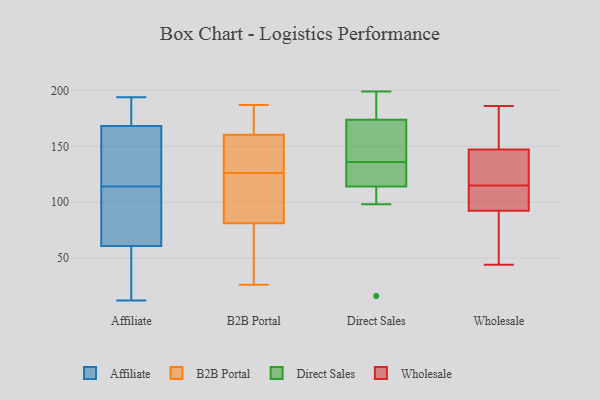
{"axis": {"x": "Satisfaction Score", "y": "Value"}, "legend": ["Affiliate", "B2B Portal", "Direct Sales", "Wholesale"], "data": [{"x": "", "y": 24, "type": "Affiliate"}, {"x": "", "y": 169, "type": "Affiliate"}, {"x": "", "y": 55, "type": "Affiliate"}, {"x": "", "y": 194, "type": "Affiliate"}, {"x": "", "y": 78, "type": "Affiliate"}, {"x": "", "y": 105, "type": "Affiliate"}, {"x": "", "y": 114, "type": "Affiliate"}, {"x": "", "y": 166, "type": "Affiliate"}, {"x": "", "y": 17, "type": "Affiliate"}, {"x": "", "y": 12, "type": "Affiliate"}, {"x": "", "y": 150, "type": "Affiliate"}, {"x": "", "y": 144, "type": "Affiliate"}, {"x": "", "y": 104, "type": "Affiliate"}, {"x": "", "y": 176, "type": "Affiliate"}, {"x": "", "y": 172, "type": "Affiliate"}, {"x": "", "y": 84, "type": "B2B Portal"}, {"x": "", "y": 151, "type": "B2B Portal"}, {"x": "", "y": 51, "type": "B2B Portal"}, {"x": "", "y": 173, "type": "B2B Portal"}, {"x": "", "y": 80, "type": "B2B Portal"}, {"x": "", "y": 96, "type": "B2B Portal"}, {"x": "", "y": 161, "type": "B2B Portal"}, {"x": "", "y": 149, "type": "B2B Portal"}, {"x": "", "y": 126, "type": "B2B Portal"}, {"x": "", "y": 177, "type": "B2B Portal"}, {"x": "", "y": 72, "type": "B2B Portal"}, {"x": "", "y": 123, "type": "B2B Portal"}, {"x": "", "y": 187, "type": "B2B Portal"}, {"x": "", "y": 111, "type": "B2B Portal"}, {"x": "", "y": 158, "type": "B2B Portal"}, {"x": "", "y": 26, "type": "B2B Portal"}, {"x": "", "y": 158, "type": "B2B Portal"}, {"x": "", "y": 163, "type": "B2B Portal"}, {"x": "", "y": 34, "type": "B2B Portal"}, {"x": "", "y": 119, "type": "Direct Sales"}, {"x": "", "y": 170, "type": "Direct Sales"}, {"x": "", "y": 136, "type": "Direct Sales"}, {"x": "", "y": 135, "type": "Direct Sales"}, {"x": "", "y": 199, "type": "Direct Sales"}, {"x": "", "y": 190, "type": "Direct Sales"}, {"x": "", "y": 162, "type": "Direct Sales"}, {"x": "", "y": 185, "type": "Direct Sales"}, {"x": "", "y": 151, "type": "Direct Sales"}, {"x": "", "y": 124, "type": "Direct Sales"}, {"x": "", "y": 99, "type": "Direct Sales"}, {"x": "", "y": 98, "type": "Direct Sales"}, {"x": "", "y": 16, "type": "Direct Sales"}, {"x": "", "y": 109, "type": "Wholesale"}, {"x": "", "y": 44, "type": "Wholesale"}, {"x": "", "y": 172, "type": "Wholesale"}, {"x": "", "y": 115, "type": "Wholesale"}, {"x": "", "y": 102, "type": "Wholesale"}, {"x": "", "y": 89, "type": "Wholesale"}, {"x": "", "y": 46, "type": "Wholesale"}, {"x": "", "y": 186, "type": "Wholesale"}, {"x": "", "y": 152, "type": "Wholesale"}, {"x": "", "y": 133, "type": "Wholesale"}, {"x": "", "y": 118, "type": "Wholesale"}]}